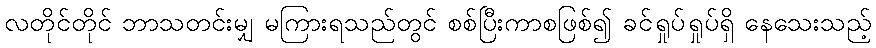
လတိုင်တိုင် ဘာသတင်းမျှ မကြားရသည်တွင် စစ်ပြီးကာစဖြစ်၍ ခင်ရှုပ်ရှုပ်ရှိ နေသေးသည့်